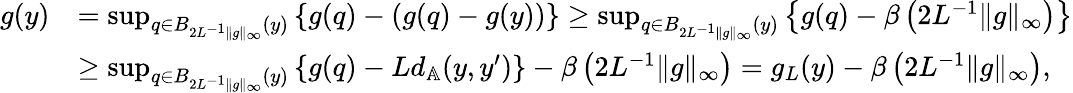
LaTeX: \begin{array}{rl}{g(y)}&{=\operatorname*{sup}_{q\in B_{2L^{-1}\| g\| _{\infty}}(y)}\left\{ g(q)-(g(q)-g(y))\right\} \ge\operatorname*{sup}_{q\in B_{2L^{-1}\| g\| _{\infty}}(y)}\left\{ g(q)-\beta\left(2L^{-1}\| g\| _{\infty}\right)\right\} }\\ &{\ge\operatorname*{sup}_{q\in B_{2L^{-1}\| g\| _{\infty}}(y)}\left\{ g(q)-Ld_{\mathbb{A}}(y,y^{\prime})\right\} -\beta\left(2L^{-1}\| g\| _{\infty}\right)=g_{L}(y)-\beta\left(2L^{-1}\| g\| _{\infty}\right),}\end{array}